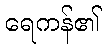
ရေကန်၏